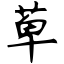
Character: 萆